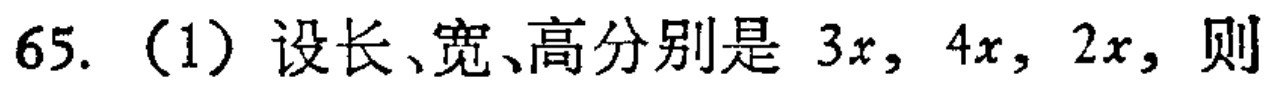
65.（1）设长、宽、高分别是 \(3x\)，\(4x\)，\(2x\)，则